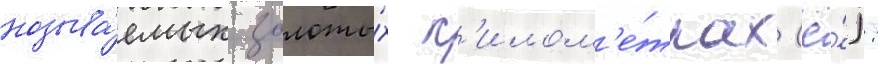
называ́емых золоты́х к'илом'е́трах (ё́):